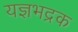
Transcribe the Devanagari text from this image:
यज्ञभद्रक